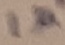
Text: 1µ